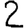
Digit: 2